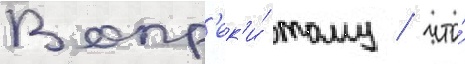
Вопр'ек'и́ тому / что́